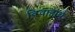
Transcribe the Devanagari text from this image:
विवाहार्थ